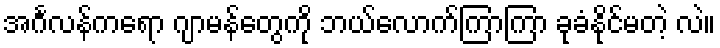
အင်္ဂလန်ကရော ဂျာမန်တွေကို ဘယ်လောက်ကြာကြာ ခုခံနိုင်မတဲ့ လဲ။